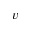
v